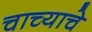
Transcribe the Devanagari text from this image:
चाच्याचे